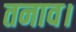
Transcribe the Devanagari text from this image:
तनाव।